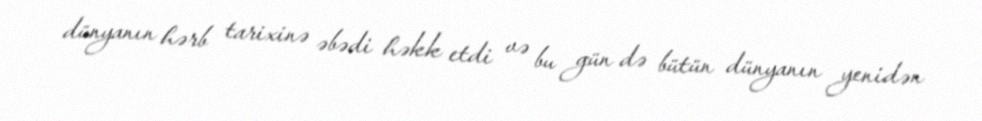
dünyanın hərb tarixinə əbədi həkk etdi və bu gün də bütün dünyanın yenidən